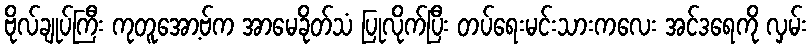
ဗိုလ်ချုပ်ကြီး ကုတူအော့ဗ်က အာမေခိုတ်သံ ပြုလိုက်ပြီး တပ်ရေးမင်းသားကလေး အင်ဒရေကို လှမ်း